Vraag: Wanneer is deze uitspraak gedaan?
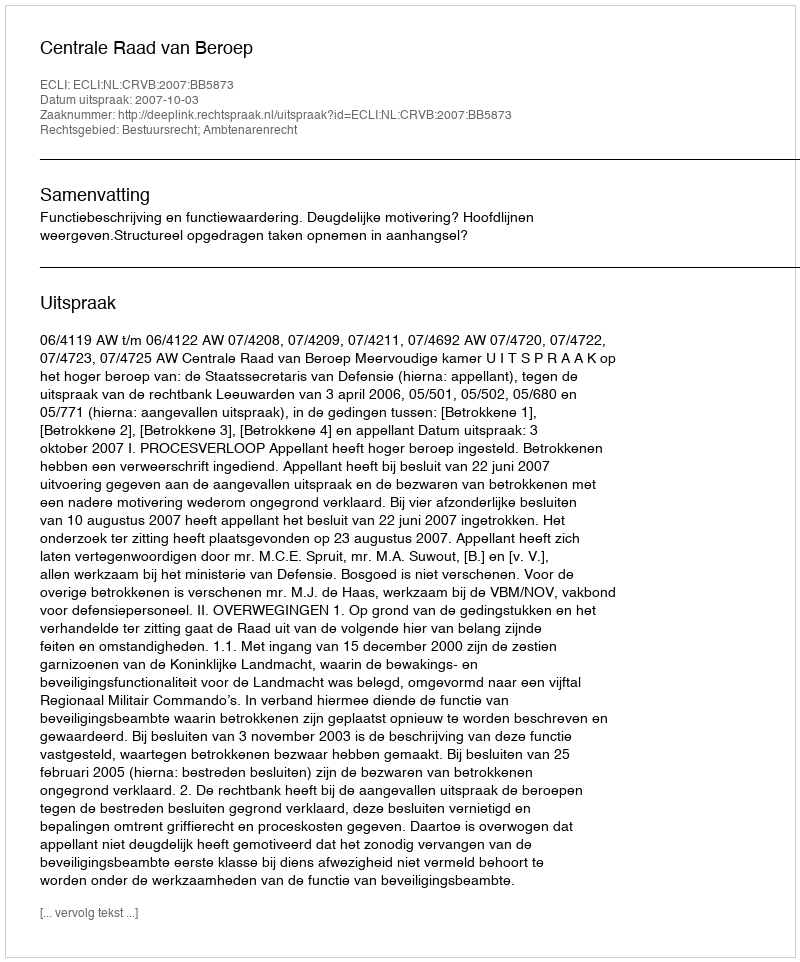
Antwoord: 2007-10-03